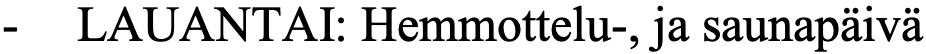
-  LAUANTAI: Hemmottelu-, ja saunapäivä